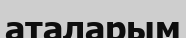
аталарым